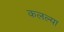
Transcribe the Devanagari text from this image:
कलल्या